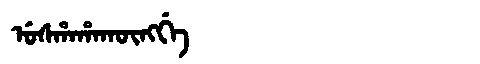
Manchu: ᡠᠰᡥᠠᡥᠠᡴᡡᠩᡤᡝ
Romanization: USHAHAKŪNGGE